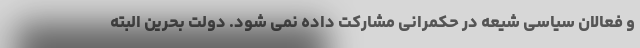
و فعالان سیاسی شیعه در حکمرانی مشارکت داده نمی شود. دولت بحرین البته